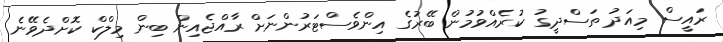
ރައީސް މިއަދު ތަސްދީގު ކުރެއްވުމުން ބޭރުގެ އިންވެސްޓަރުންނަށް ރާއްޖެއިން ބިން މިލްކް ކޮށްދެވޭނެ